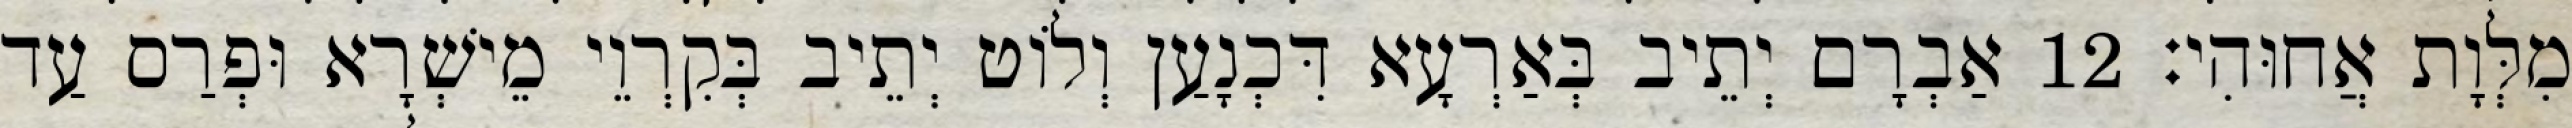
מִלְּוָת אֲחוּהִי׃ 12 אַבְרָם יְתֵיב בְּאַרְעָא דִּכְנָעַן וְלוֹט יְתֵיב בְּקִרְוֵי מֵישְׁרָא וּפְרַס עַד